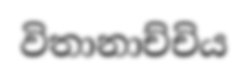
විතානාච්චිය